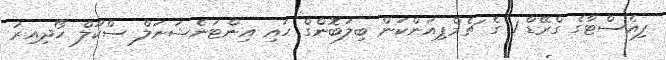
ފިއެސްޓާގެ ގްރޭޑް 1 ގެ ޗެމްޕިއަންކަން ބިލަބޮންގް ހައި އިންޓަނެޝަނަލް ސްކޫލް ހޯދިއިރު